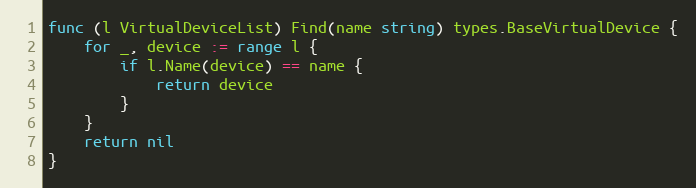
Language: Go
func (l VirtualDeviceList) Find(name string) types.BaseVirtualDevice {
	for _, device := range l {
		if l.Name(device) == name {
			return device
		}
	}
	return nil
}